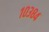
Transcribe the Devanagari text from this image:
१०३८४